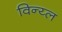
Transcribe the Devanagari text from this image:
विन्य्ल